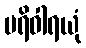
ပရိဝါရယုံ